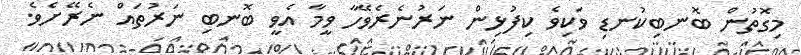
މިގޮތުން ބޮނބިކުނޑި ވަކިވެ ކިފުޅިން ނަރުނެރެވޭހާ ވީމާ އެވީ ބޮނބި ނަރުތައް ނެރޭށެވެ.